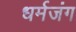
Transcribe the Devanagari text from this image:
धर्मजंग